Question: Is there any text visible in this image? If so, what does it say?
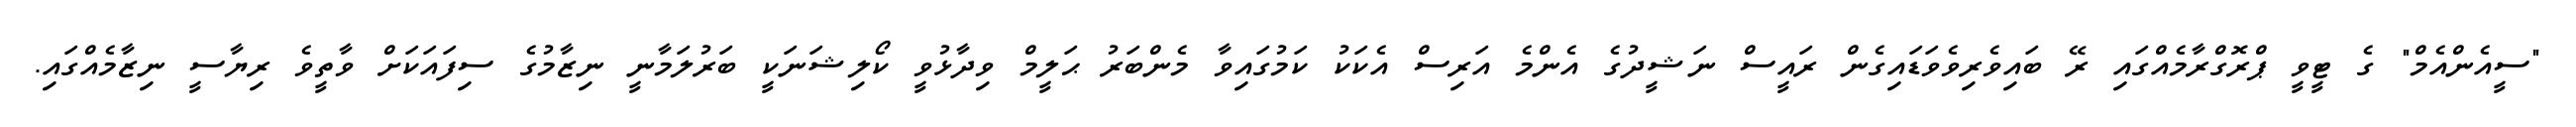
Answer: "ސީއެންއެމް" ގެ ޓީވީ ޕްރޮގްރާމެއްގައި ރޭ ބައިވެރިވެވަޑައިގެން ރައީސް ނަޝީދުގެ އެންމެ އަރިސް އެކަކު ކަމުގައިވާ މެންބަރު ޙަލީމް ވިދާޅުވީ ކޯލިޝަނަކީ ބަރުލަމާނީ ނިޒާމުގެ ސިފައަކަށް ވާތީވެ ރިޔާސީ ނިޒާމެއްގައި.